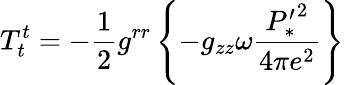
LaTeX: T_{t}^{t}=-\frac{1}{2}g^{rr}\left\{ -g_{zz}\omega\frac{{P_{*}^{\prime}}^{2}}{4\pi e^{2}}\right\}